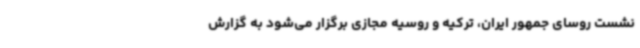
نشست روسای جمهور ایران، ترکیه و روسیه مجازی برگزار می‌شود به گزارش